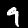
Digit: 9